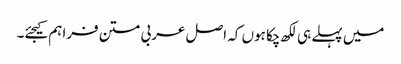
میں پہلے ہی لکھ چکا ہوں کہ اصل عربی متن فراہم کیجئے۔